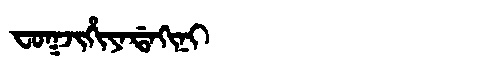
Manchu: ᠸᠣᡴᠵᡳᡥᡳᠶᠠᡩᠠᡴᡳᠨᡳ
Romanization: FOKJIHIYADAKINI